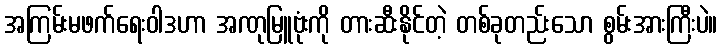
အကြမ်းမဖက်ရေးဝါဒဟာ အဏုမြူဗုံးကို တားဆီးနိုင်တဲ့ တစ်ခုတည်းသော စွမ်းအားကြီးပဲ။